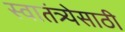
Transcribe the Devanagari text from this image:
स्वातंत्र्येसाठी